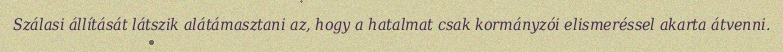
Szálasi állítását látszik alátámasztani az, hogy a hatalmat csak kormányzói elismeréssel akarta átvenni.